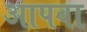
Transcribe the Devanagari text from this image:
आपवा